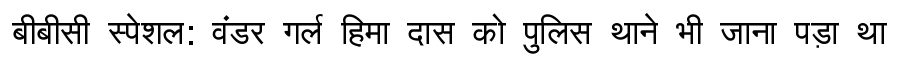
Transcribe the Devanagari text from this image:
बीबीसी स्पेशल: वंडर गर्ल हिमा दास को पुलिस थाने भी जाना पड़ा था